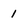
Character: 1